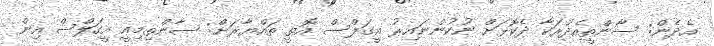
އެދެން: ސާންތީއެދުރަކާ ދެކޮޅަށް ނުކުންނައިރު އީގަލްސް އޮތީ ތައްޔާރަށް: ސާންތިމިއީ އީގަލްސް އިން